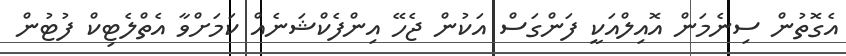
އެގޮތުން ސިނެމަން އޮއިލްއަކީ ފަންގަސް އަކުން ޖެހޭ އިންފެކްޝަނެއް ކަމަށްވާ އެތްލެޓިކް ފުޓުން